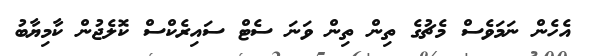
އެހެން ނަމަވެސް މެޗުގެ ތިން ތިން ވަނަ ސެޓް ސައިރެކްސް ކޮލެޖުން ކާމިޔާބު